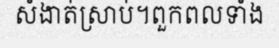
សំងាត់ស្រាប់។ពួកពលទាំង